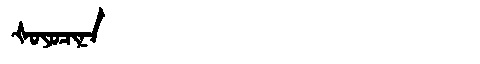
Manchu: ᡧᠣᠶᠣᠴᡳᠨᠠ
Romanization: ŠOYOCINA